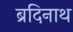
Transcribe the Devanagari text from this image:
ब्रदिनाथ